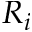
R _ { i }